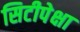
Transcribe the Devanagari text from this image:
सिटीपेक्षा